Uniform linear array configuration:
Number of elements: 24
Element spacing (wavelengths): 0.75
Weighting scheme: cosine
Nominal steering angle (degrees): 0
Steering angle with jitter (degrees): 0.5115
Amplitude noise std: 0.05
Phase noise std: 0.05

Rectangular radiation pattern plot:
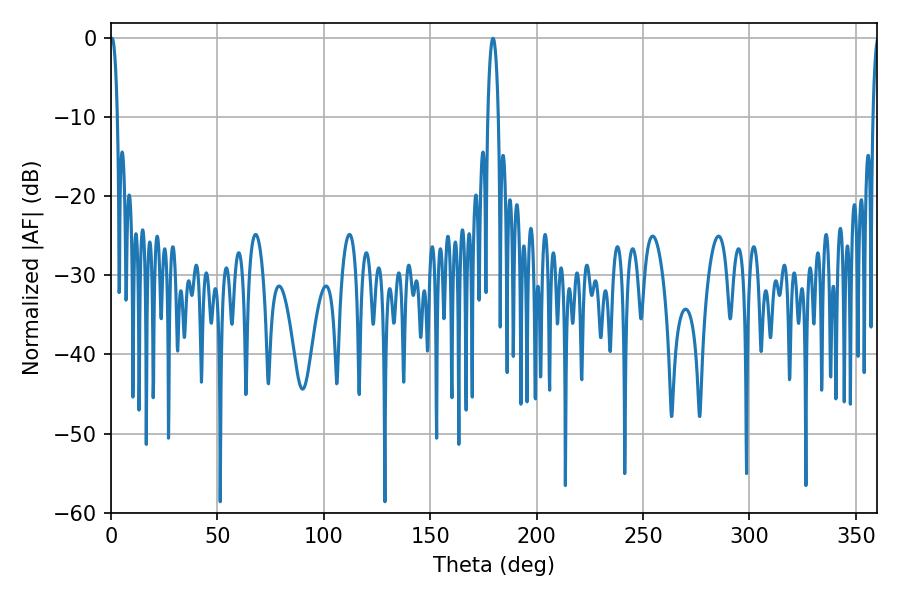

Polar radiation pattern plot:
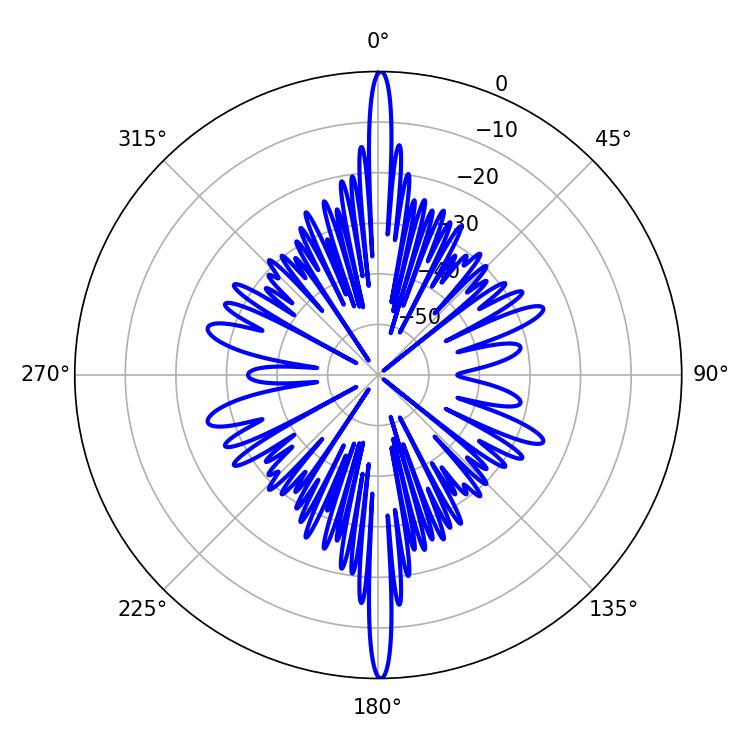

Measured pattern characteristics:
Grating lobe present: TRUE
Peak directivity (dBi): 34.874
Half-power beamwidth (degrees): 1.8
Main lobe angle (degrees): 0.54